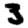
Digit: 3